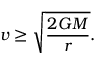
v \geq { \sqrt { \frac { 2 G M } { r } } } .